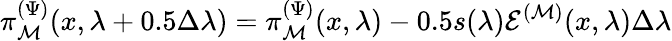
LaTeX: \pi_{\mathcal{M}}^{(\Psi)}(x,\lambda+0.5\Delta\lambda)=\pi_{\mathcal{M}}^{(\Psi)}(x,\lambda)-0.5s(\lambda)\mathcal{{E}}^{(\mathcal{M})}(x,\lambda)\Delta\lambda